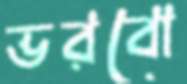
ভরবো